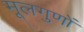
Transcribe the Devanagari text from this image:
मूलगुणों